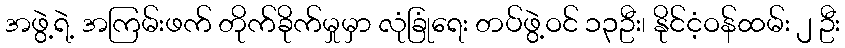
အဖွဲ့ရဲ့ အကြမ်းဖက် တိုက်ခိုက်မှုမှာ လုံခြုံရေး တပ်ဖွဲ့ဝင် ၁၃ဦး၊ နိုင်ငံ့ဝန်ထမ်း ၂ ဦး